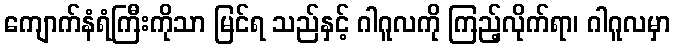
ကျောက်နံရံကြီးကိုသာ မြင်ရ သည်နှင့် ဂါဂူလကို ကြည့်လိုက်ရာ၊ ဂါဂူလမှာ